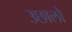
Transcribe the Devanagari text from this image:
उछालो